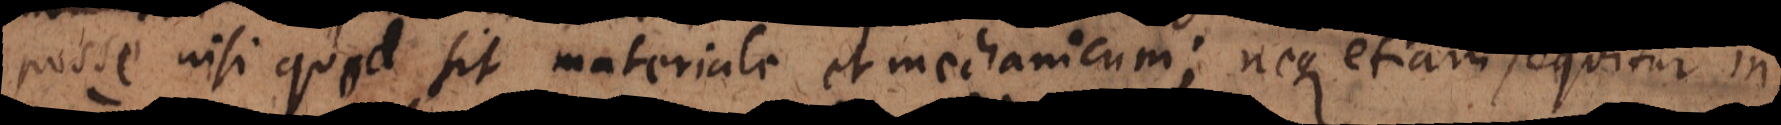
posse nisi quod sit materiale et mechanicum; imo et in